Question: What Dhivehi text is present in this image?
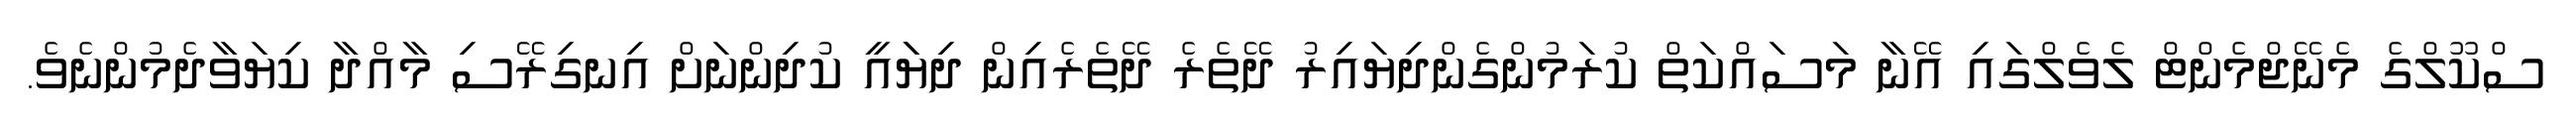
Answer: ސްކޫލްގެ މެނޭޖްމެންޓް ލެވެލްގައި އޭނާ މަސައްކަތް ކުރަމުންގެންދިޔައިރު ދޭތެރެ ދޭތެރެއިން ދިޔަައީ ކުދިންނަށް އިނގިރޭސި މާއްދާ ކިޔަވާދެމުންނެވެ.